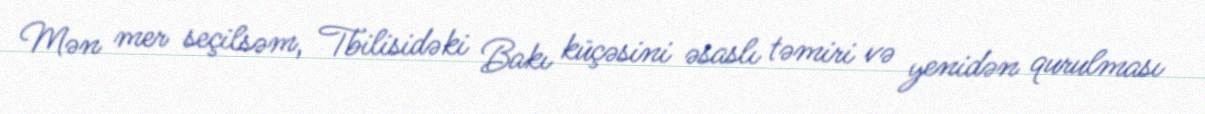
Mən mer seçilsəm, Tbilisidəki Bakı küçəsini əsaslı təmiri və yenidən qurulması